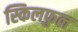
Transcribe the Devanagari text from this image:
स्किलफुल